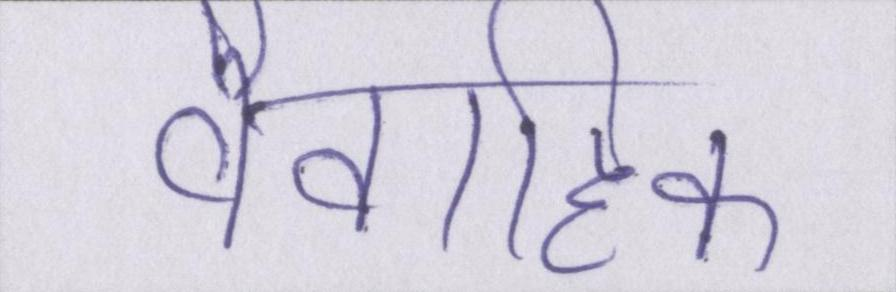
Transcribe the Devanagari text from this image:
वैवाहिक